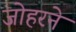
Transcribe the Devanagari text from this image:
जोहरने